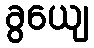
ခွယျေ